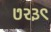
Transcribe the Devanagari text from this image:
७२३९